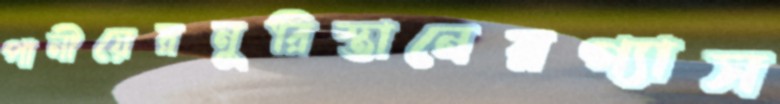
পানীয়েরনুরিস্তানেরগ্যাস